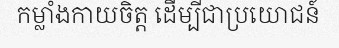
កម្លាំងកាយចិត្ត ដើម្បីជាប្រយោជន៍